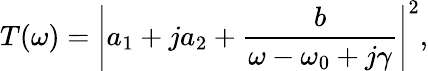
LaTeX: T(\omega)=\left|a_{1}+ja_{2}+\frac{b}{\omega-\omega_{0}+j\gamma}\right|^{2},